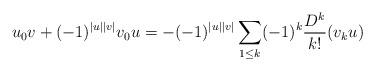
LaTeX: \begin{align*}u_0v+(-1)^{|u||v|}v_0u = -(-1)^{|u||v|}\sum_{1\leq k}(-1)^k\frac{D^k}{k!}(v_{k}u)\end{align*}